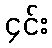
၄င်း